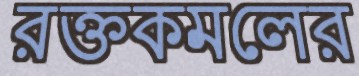
রক্তকমলের